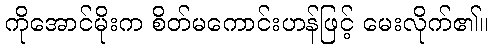
ကိုအောင်မိုးက စိတ်မကောင်းဟန်ဖြင့် မေးလိုက်၏။